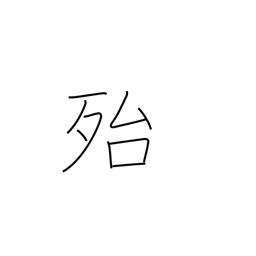
Meaning: really